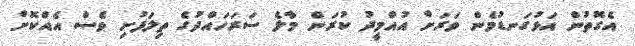
އެގޮތުން އަޅުގަނޑުމެން ވަރަށް އުއްމީދު ކުރަން މާލެ ސަރަހައްދުގެ ތިލަފުށި ވެސް އެއްކޮށް